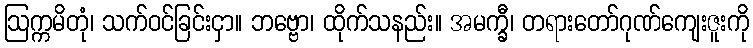
ဩက္ကမိတုံ၊ သက်ဝင်ခြင်းငှာ။ ဘဗ္ဗော၊ ထိုက်သနည်း။ အမက္ခီ၊ တရားတော်ဂုဏ်ကျေးဇူးကို